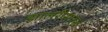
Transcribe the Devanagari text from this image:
झालरीसारखे